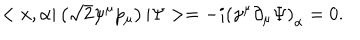
< x , \alpha | \left( \sqrt { 2 } \psi ^ { \mu } p _ { \mu } \right) | \Psi > = - i \left( \gamma ^ { \mu } \partial _ { \mu } \Psi \right) _ { \alpha } = 0 .